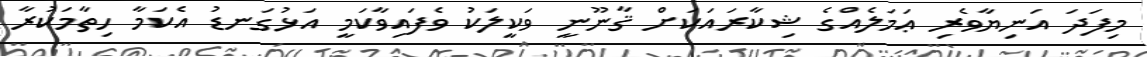
މިފަދަ އަނިޔާވެރި ޢަމަލެއްގެ ޝިކާރައަކަށް ޤާނޫނީ ވަކީލަކު ވެފައިވާކަމީ އަޅުގަނޑު އެކަމާ ހިތާމަކުރާ